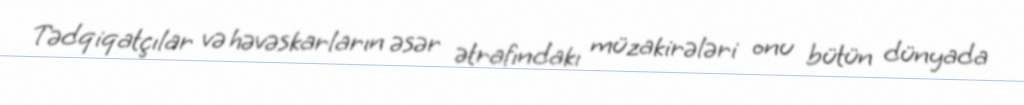
Tədqiqatçılar və həvəskarların əsər ətrafındakı müzakirələri onu bütün dünyada